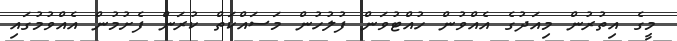
މީގެ އިތުރުން މިއަދުގެ އެއްވުން ހުއްޓުވަން ފުލުހުން މަސައްކަތް ކުރަން ފެށުމުން އެއްވުމުގައި